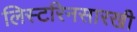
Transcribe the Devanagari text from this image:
लिस्टरिनसारखी